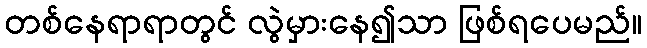
တစ်နေရာရာတွင် လွဲမှားနေ၍သာ ဖြစ်ရပေမည်။